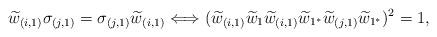
LaTeX: \begin{align*}\widetilde{w}_{(i,1)}\sigma_{(j,1)}=\sigma_{(j,1)}\widetilde{w}_{(i,1)}\Longleftrightarrow(\widetilde{w}_{(i,1)}\widetilde{w}_{1}\widetilde{w}_{(i,1)}\widetilde{w}_{1^{*}}\widetilde{w}_{(j,1)}\widetilde{w}_{1^{*}})^{2}=1,\end{align*}